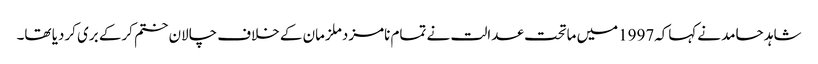
شاہد حامد نےکہاکہ1997میں ماتحت عدالت نے تمام نامزدملزمان کے خلاف چالان ختم کرکے بری کردیا تھا۔